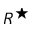
R ^ { \star }